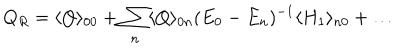
Q _ { R } = \langle Q \rangle _ { 0 0 } + \sum _ { n } \langle Q \rangle _ { 0 n } ( E _ { 0 } - E _ { n } ) ^ { - 1 } \langle H _ { 1 } \rangle _ { n 0 } + \dots